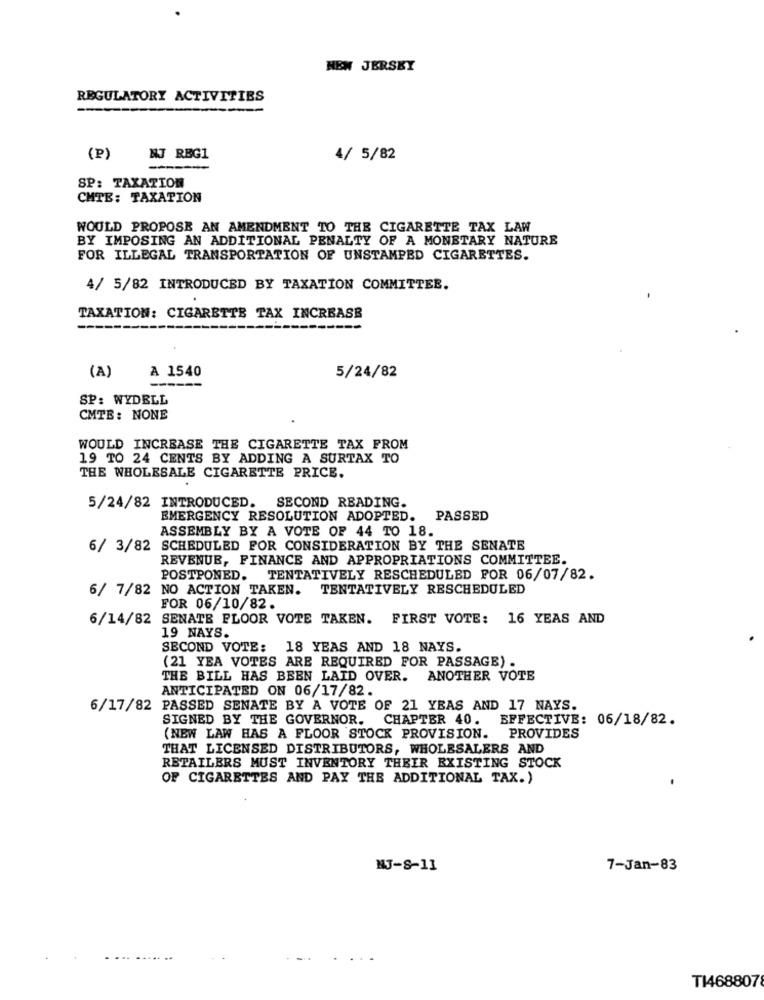
NEW JERSEY
REGULATORY ACTIVITIES
(P)
NJ REG1
4/ 5/82
SP: TAXATION
CHTE: TAXATION
WOULD PROPOSE AN AMENDMENT TO THE CIGARETTE TAX LAW
BY IMPOSING AN ADDITIONAL PENALTY OF A MONETARY NATURE
FOR ILLEGAL TRANSPORTATION OF UNSTAMPED CIGARETTES.
4/ 5/82 INTRODUCED BY TAXATION COMMITTEE.
TAXATION: CIGARETTE TAX INCREASE
(A)
A 1540
5/24/82
SP: WYDELL
CMTE: NONE
WOULD INCREASE THE CIGARETTE TAX FROM
19 TO 24 CENTS BY ADDING A SURTAX TO
THE WHOLESALE CIGARETTE PRICE.
5/24/82 INTRODUCED. SECOND READING.
EMERGENCY RESOLUTION ADOPTED.
PASSED
ASSEMBLY BY A VOTE OF 44 TO 18.
6/ 3/82 SCHEDULED FOR CONSIDERATION BY THE SENATE
REVENUE, FINANCE AND APPROPRIATIONS COMMITTEE.
POSTPONED. TENTATIVELY RESCHEDULED FOR 06/07/82.
6/ 7/82 NO ACTION TAKEN. TENTATIVELY RESCHEDULED
FOR 06/10/82.
6/14/82 SENATE FLOOR VOTE TAKEN. FIRST VOTE: 16 YEAS AND
19 NAYS.
SECOND VOTE: 18 YEAS AND 18 NAYS.
(21 YEA VOTES ARE REQUIRED FOR PASSAGE) .
THE BILL HAS BEEN LAID OVER. ANOTHER VOTE
ANTICIPATED ON 06/17/82.
6/17/82 PASSED SENATE BY A VOTE OF 21 YEAS AND 17 NAYS.
SIGNED BY THE GOVERNOR. CHAPTER 40.
EFFECTIVE: 06/18/82.
(NEW LAW HAS A FLOOR STOCK PROVISION. PROVIDES
THAT LICENSED DISTRIBUTORS, WHOLESALERS AND
RETAILERS MUST INVENTORY THEIR EXISTING STOCK
OF CIGARETTES AND PAY THE ADDITIONAL TAX.)
NJ-S-11
7-Jan-83
TI468807